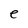
Character: e